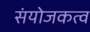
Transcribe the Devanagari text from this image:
संयोजकत्व